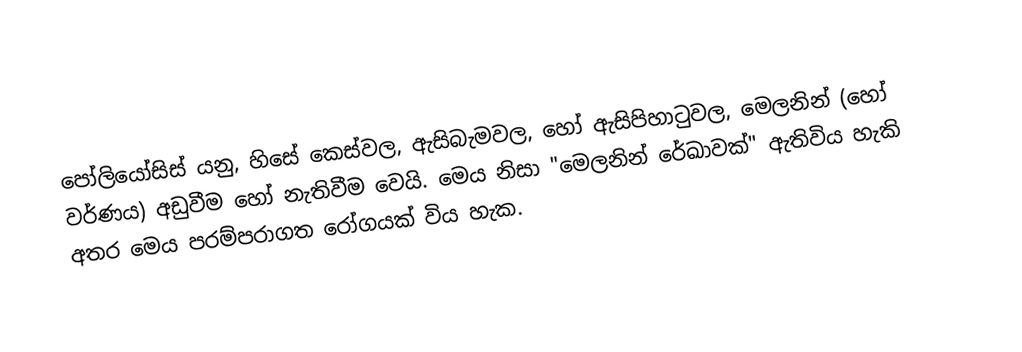
පෝලියෝසිස් යනු, හිසේ කෙස්වල, ඇසිබැමවල, හෝ ඇසිපිහාටුවල,  මෙලනින් (හෝ වර්ණය) අඩුවීම හෝ නැතිවීම වෙයි. මෙය නිසා  "මෙලනින් රේඛාවක්" ඇතිවිය හැකි අතර මෙය පරම්පරාගත රෝගයක් විය හැක.